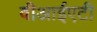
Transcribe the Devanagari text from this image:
वीआईएटी